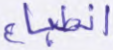
انطباع